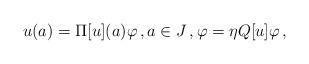
LaTeX: \begin{align*}u(a)=\Pi[u](a) \varphi \,,a\in J\,,\varphi =\eta Q[u]\varphi\,,\end{align*}